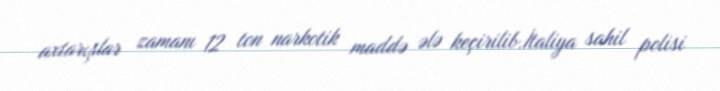
axtarışlar zamanı 12 ton narkotik maddə ələ keçirilib.İtaliya sahil polisi